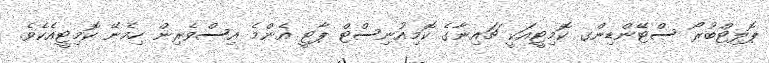
ޕޮލިޓްބުރޯ ސްޓޭންޑިންގ ކޮމިޓީއަކީ ޗައިނާގެ ކޮމިއުނިސްޓް ޕާޓީ އެންމެ އިސްވެރިން ހިމެނޭ ކޮމިޓީއެކެވެ.